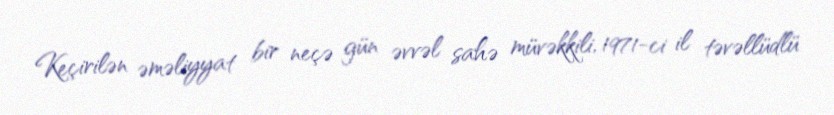
Keçirilən əməliyyat bir neçə gün əvvəl sahə müvəkkili, 1971-ci il təvəllüdlü